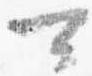
可